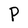
Character: P